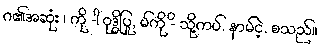
ဂ၏အဆုံး ၊ ကို -ါ ဝုဒ္ဓိပြု, မ်ကို -ိ သို့ကပ်, နာမ်ငဲ့, စသည်။